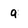
Character: 9